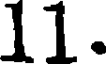
11.